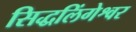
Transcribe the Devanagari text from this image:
सिद्धलिंगेश्वर